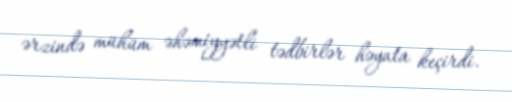
ərzində mühüm əhəmiyyətli tədbirlər həyata keçirdi.